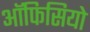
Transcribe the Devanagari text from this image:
ऑफिसियो